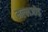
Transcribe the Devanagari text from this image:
मल्लजोड़